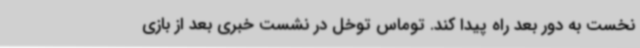
نخست به دور بعد راه پیدا کند. توماس توخل در نشست خبری بعد از بازی